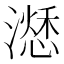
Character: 𣿜